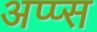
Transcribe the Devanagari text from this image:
अप्प्स